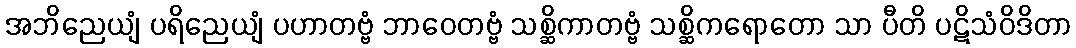
အဘိညေယျံ ပရိညေယျံ ပဟာတဗ္ဗံ ဘာဝေတဗ္ဗံ သစ္ဆိကာတဗ္ဗံ သစ္ဆိကရောတော သာ ပီတိ ပဋိသံဝိဒိတာ